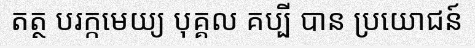
តត្ថ បរក្កមេយ្យ បុគ្គល គប្បី បាន ប្រយោជន៍